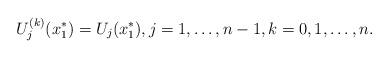
LaTeX: \begin{align*}U_j^{(k)}(x_1^*)=U_j(x_1^*), j=1,\dots,n-1, k=0,1,\dots,n.\end{align*}